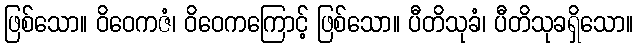
ဖြစ်သော။ ဝိဝေကဇံ၊ ဝိဝေကကြောင့် ဖြစ်သော။ ပီတိသုခံ၊ ပီတိသုခရှိသော။